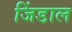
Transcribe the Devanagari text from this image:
जिंडाल